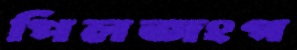
পিলজংগ